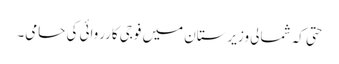
حتی کہ شمالی وزیرستان میں فوجی کارروائی کی حامی۔